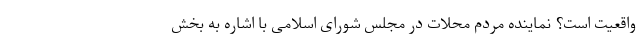
واقعیت است؟ نماینده مردم محلات در مجلس شورای اسلامی با اشاره به بخش